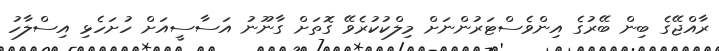
ރާއްޖޭގެ ބިން ބޭރުގެ އިންވެސްޓަރުންނަށް މިލްކުކުރެވޭ ގޮތަށް ގާނޫނު އަސާސީއަށް ހުށަހެޅި އިސްލާހު